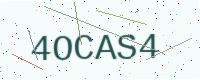
Text: 4OCAS4